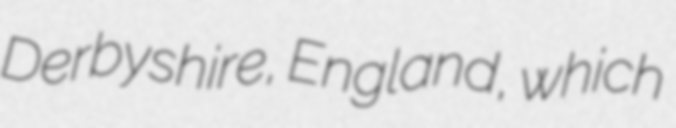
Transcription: Derbyshire, England, which